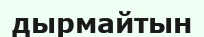
дырмайтын